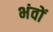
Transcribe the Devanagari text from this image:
भंवों